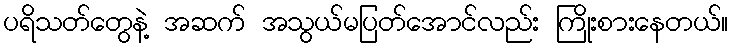
ပရိသတ်တွေနဲ့ အဆက် အသွယ်မပြတ်အောင်လည်း ကြိုးစားနေတယ်။